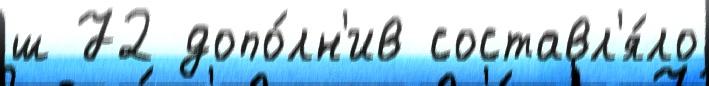
ш 72 допо́лн'ив составл'я́ло